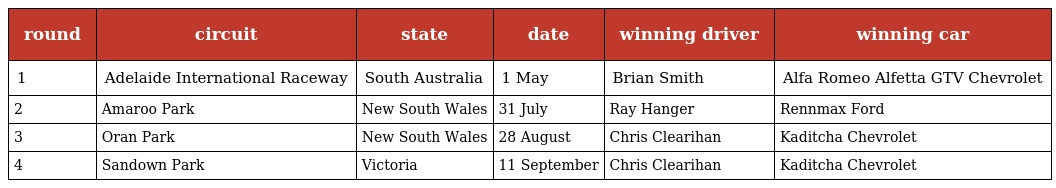
| round | circuit | state | date | winning driver | winning car |
 | --- | --- | --- | --- | --- | --- |
 | 1 | Adelaide International Raceway | South Australia | 1 May | Brian Smith | Alfa Romeo Alfetta GTV Chevrolet |
 | 2 | Amaroo Park | New South Wales | 31 July | Ray Hanger | Rennmax Ford |
 | 3 | Oran Park | New South Wales | 28 August | Chris Clearihan | Kaditcha Chevrolet |
 | 4 | Sandown Park | Victoria | 11 September | Chris Clearihan | Kaditcha Chevrolet |